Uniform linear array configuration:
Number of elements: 16
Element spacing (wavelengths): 1
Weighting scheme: hamming
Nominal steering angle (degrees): -45
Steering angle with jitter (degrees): -43.905
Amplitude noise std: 0.05
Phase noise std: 0.05

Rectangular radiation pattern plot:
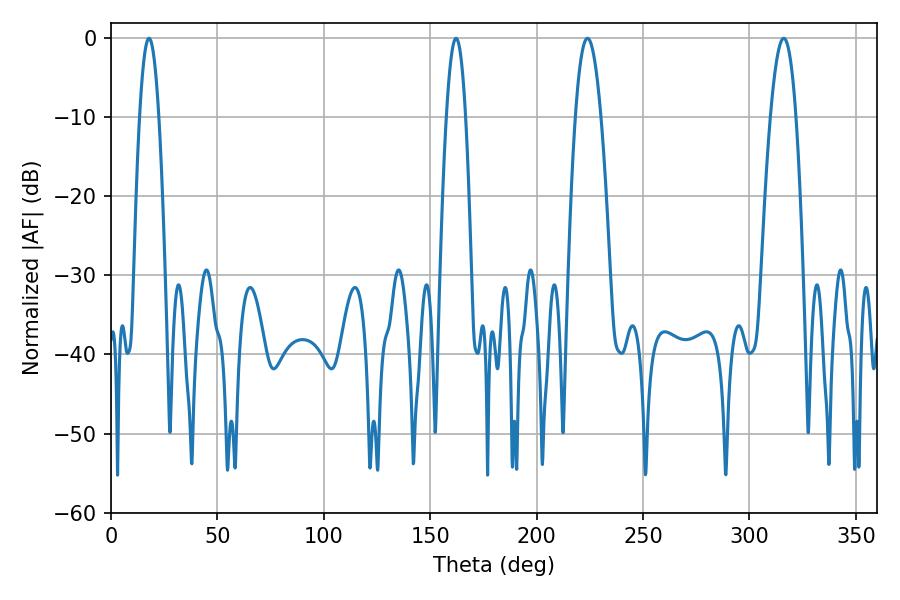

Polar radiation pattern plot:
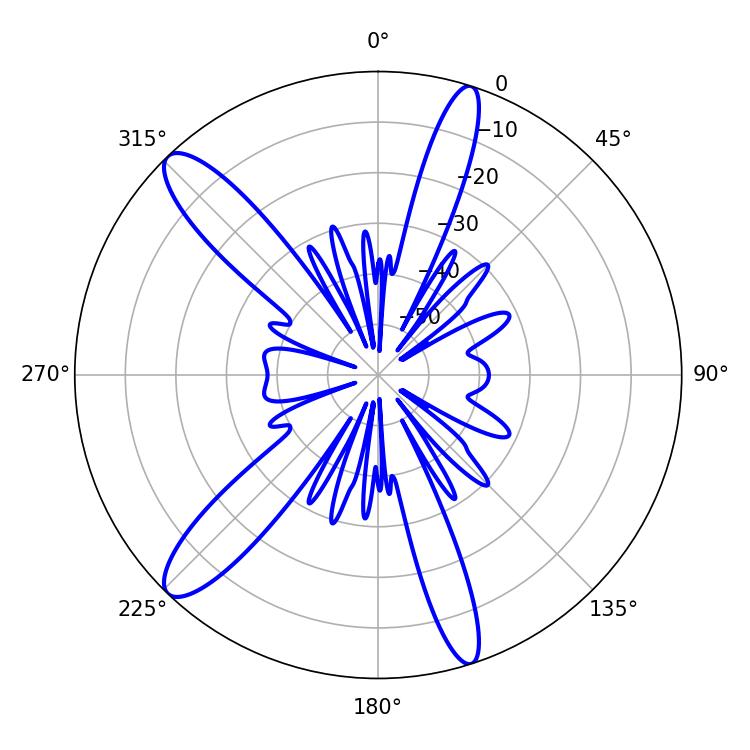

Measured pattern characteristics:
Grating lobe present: TRUE
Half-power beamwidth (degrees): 6.66
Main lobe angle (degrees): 316.08